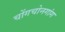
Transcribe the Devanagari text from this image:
चोंगचोनगांग